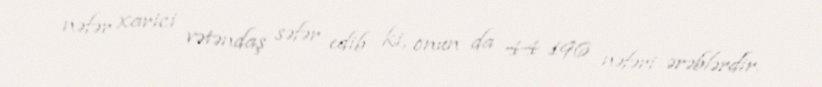
nəfər xarici vətəndaş səfər edib ki, onun da 44 196 nəfəri ərəblərdir.